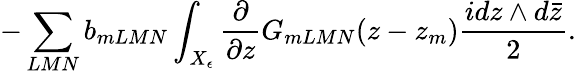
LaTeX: -\sum_{LMN}b_{mLMN}\int_{X_{\epsilon}}\frac{\partial}{\partial z}G_{mLMN}(z-z_{m})\frac{idz\wedge d\bar{z}}{2}.